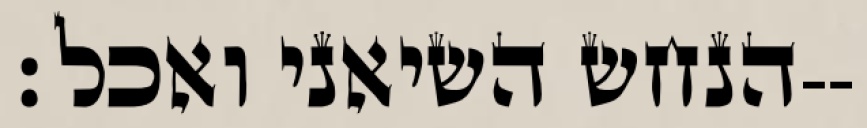
הנחש השיאני ואכל׃--